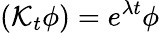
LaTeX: \left(\mathcal{K}_{t}\phi\right)=e^{\lambda t}\phi